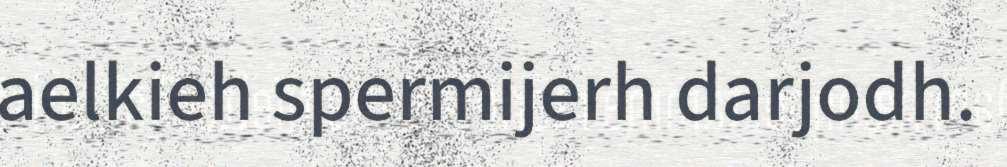
aelkieh spermijerh darjodh.